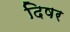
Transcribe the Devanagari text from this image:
दिषर